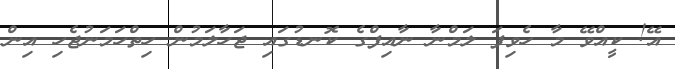
އޭ! ކީއްވޭ މާ ހެވިފަ ލަމްނާ ނާއިފްގެ ކޮނޑުގައި ޖަހާލަމުން ހިތްހަމަނުޖެހި އިން